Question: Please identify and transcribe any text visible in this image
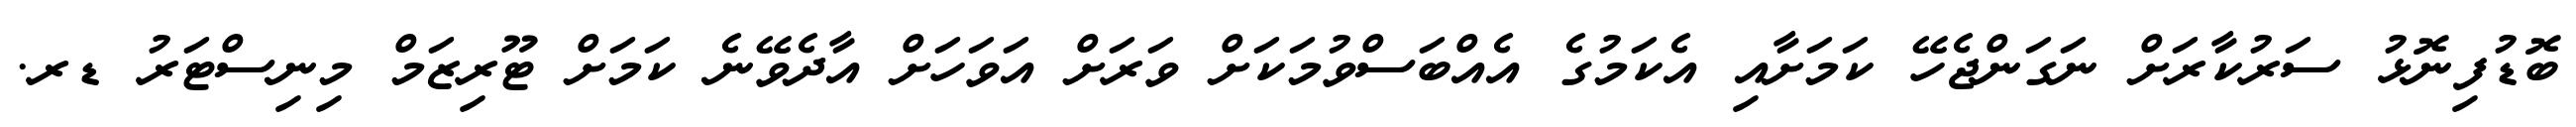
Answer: ބޮޑުފިނޮޅު ސަރުކާރަށް ނަގަންޖެހޭ ކަމަށާއި އެކަމުގެ އެއްބަސްވުމަކަށް ވަރަށް އަވަހަށް އާދެވޭނެ ކަމަށް ޓޫރިޒަމް މިނިސްޓަރު ޑރ.